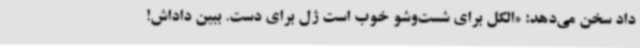
داد سخن می‌دهد: «الکل برای شست‌وشو خوب است ژل برای دست. ببین داداش!